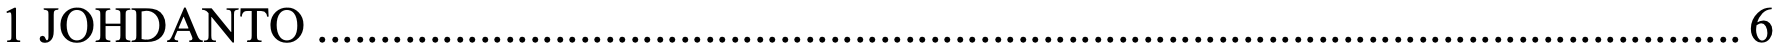
1 JOHDANTO .................................................................................................................. 6